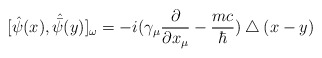
\begin{align*}[\hat{\psi}(x),\hat{\bar{\psi}}(y)]_{\omega}=-i(\gamma_{\mu}\frac{\partial} {\partial x_{\mu}}-\frac{mc} {\hbar})\bigtriangleup(x-y)\end{align*}